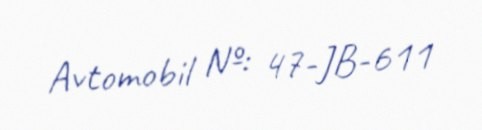
Avtomobil №: 47-JB-611